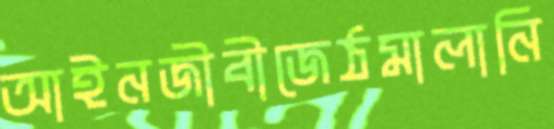
আইনজীবীজেঠমালানি